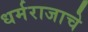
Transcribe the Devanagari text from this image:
धर्मराजाचे